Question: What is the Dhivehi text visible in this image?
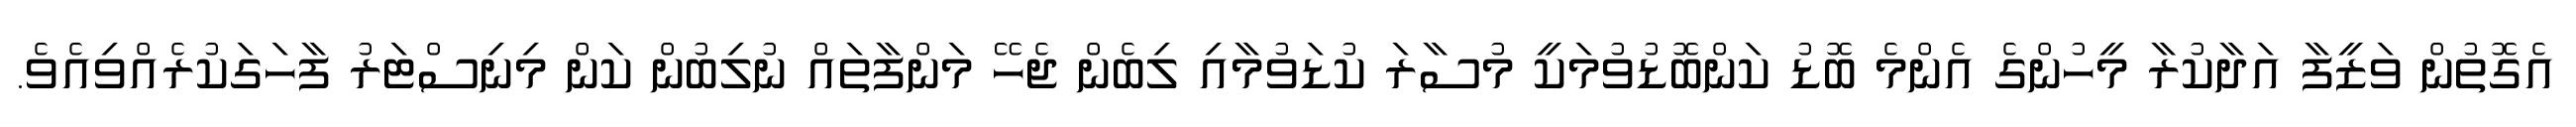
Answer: އެގޮތުން ވަޒީފާ އަދާކުރާ މީހުންގެ އެންމެ ބޮޑު ކަންބޮޑުވުމަކީ މުސާރަ ކުޑަވުމާއި ލިބެން ޖެހޭ މަންފާތައް ނުލިބުން ކަން މިނިސްޓަރު ފާހަގަކުރެއްވިއެވެ.